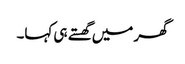
گھر میں گھستے ہی کہا۔